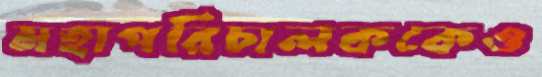
মহাপরিচালককেও